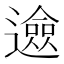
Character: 𨗦